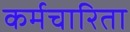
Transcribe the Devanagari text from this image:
कर्मचारिता